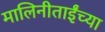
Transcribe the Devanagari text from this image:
मालिनीताईंच्या